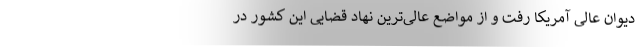
دیوان عالی آمریکا رفت و از مواضع عالی‌ترین نهاد قضایی این کشور در